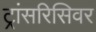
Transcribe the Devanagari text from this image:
ट्रांसरिसिवर